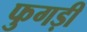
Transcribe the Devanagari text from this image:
फुगड़ी